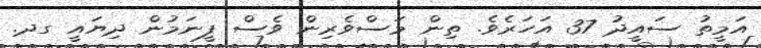
އަމީތު ސައީދު 37 އަހަރެވެ. ތިން މަސްވެރިން ވެސް ފީނަމުން ދިޔައީ ގދ.